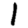
Digit: 1